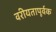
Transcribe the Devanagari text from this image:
वरीयतापूर्वक